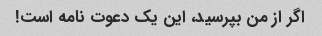
اگر از من بپرسید، این یک دعوت نامه است!